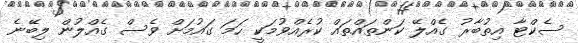
ސެކްޓާ އިތުބާރު ގެއްލޭ ކަންތައްތައް ކުރެއްވުމަކީ ހަމަ ގައުމަށް ވެސް ގެއްލުން ލިބޭނެ